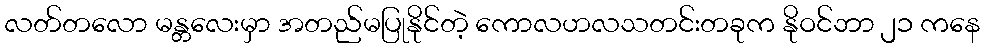
လတ်တလော မန္တလေးမှာ အတည်မပြုနိုင်တဲ့ ကောလဟလသတင်းတခုက နိုဝင်ဘာ ၂၁ ကနေ